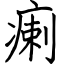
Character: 瘌